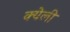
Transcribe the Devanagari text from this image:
क्येली